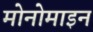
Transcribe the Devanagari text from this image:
मोनोमाइन